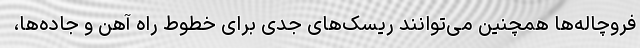
فروچاله‌ها همچنین می‌توانند ریسک‌های جدی برای خطوط راه آهن و جاده‌ها،